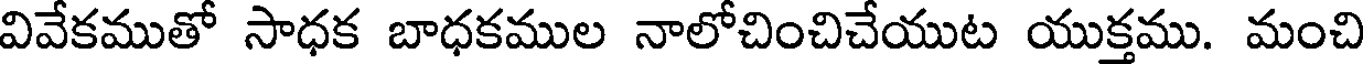
వివేకముతో సాధక బాధకముల నాలోచించిచేయుట యుక్తము. మంచి